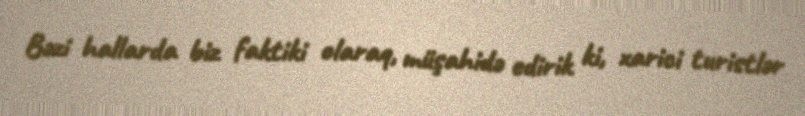
Bəzi hallarda biz faktiki olaraq, müşahidə edirik ki, xarici turistlər